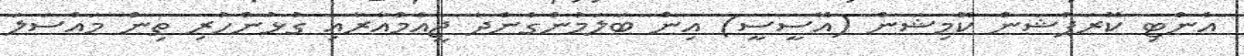
އެންޓި ކޮރަޕްޝަން ކޮމިޝަން (އޭސީސީ) އިން ބަލަމުންގެންދާ ޖީއެމްއާރާއި ގުޅުންހުރި ތިން މައްސަލަ